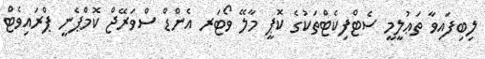
ލިބިފައިވާ ތަޢުލީމީ ސެޓްފިކެޓްތަކުގެ ކޮޕީ މާލޭ ވޯޓަރ އެންޑް ސްވަރޭޖް ކޮމްޕެނީ ޕްރައިވެޓް